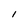
Character: l